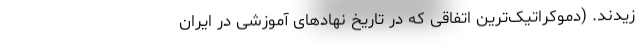
زیدند. (دموکراتیک‌ترین اتفاقی که در تاریخ نهادهای آموزشی در ایران